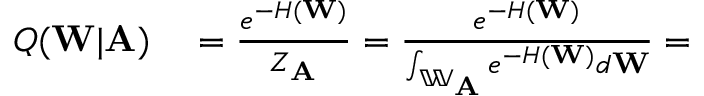
\begin{array} { r l } { Q ( \mathbf { W } | \mathbf { A } ) } & { { } = \frac { e ^ { - H ( \mathbf { W } ) } } { Z _ { \mathbf { A } } } = \frac { e ^ { - H ( \mathbf { W } ) } } { \int _ { \mathbb { W } _ { \mathbf { A } } } e ^ { - H ( \mathbf { W } ) } d \mathbf { W } } = } \end{array}